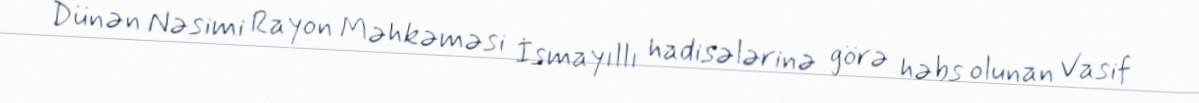
Dünən Nəsimi Rayon Məhkəməsi İsmayıllı hadisələrinə görə həbs olunan Vasif